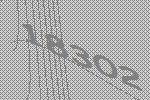
18302